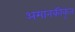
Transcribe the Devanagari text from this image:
अमानकीकृत